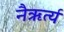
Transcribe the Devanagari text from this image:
नैऋर्त्य